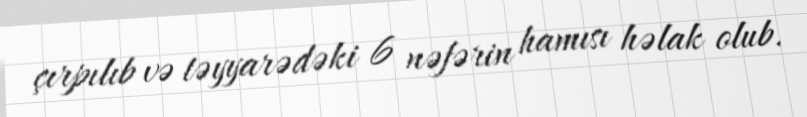
çırpılıb və təyyarədəki 6 nəfərin hamısı həlak olub.